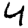
Digit: 4